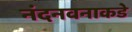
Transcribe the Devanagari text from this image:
नंदनवनाकडे